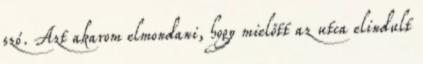
szó. Azt akarom elmondani, hogy mielőtt az utca elindult